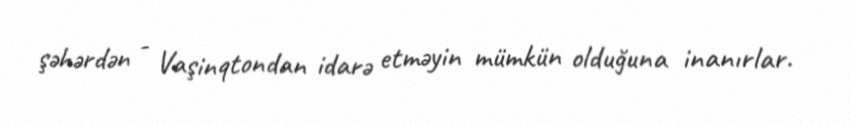
şəhərdən - Vaşinqtondan idarə etməyin mümkün olduğuna inanırlar.